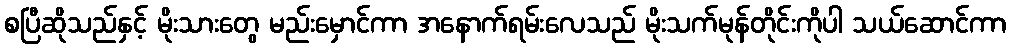
စပြီဆိုသည်နှင့် မိုးသားတွေ မည်းမှောင်ကာ အနောက်ရမ်းလေသည် မိုးသက်မုန်တိုင်းကိုပါ သယ်ဆောင်ကာ